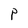
Character: P